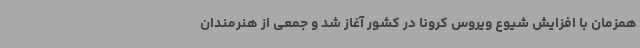
همزمان با افزایش شیوع ویروس کرونا در کشور آغاز شد و جمعی از هنرمندان